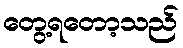
တွေ့ရတော့သည်